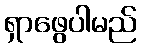
ရှာဖွေပါမည်